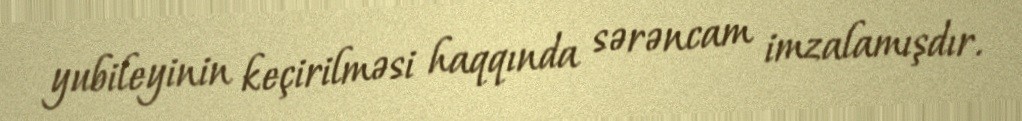
yubileyinin keçirilməsi haqqında sərəncam imzalamışdır.